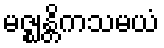
မဇ္ဈန္တိကသမယံ